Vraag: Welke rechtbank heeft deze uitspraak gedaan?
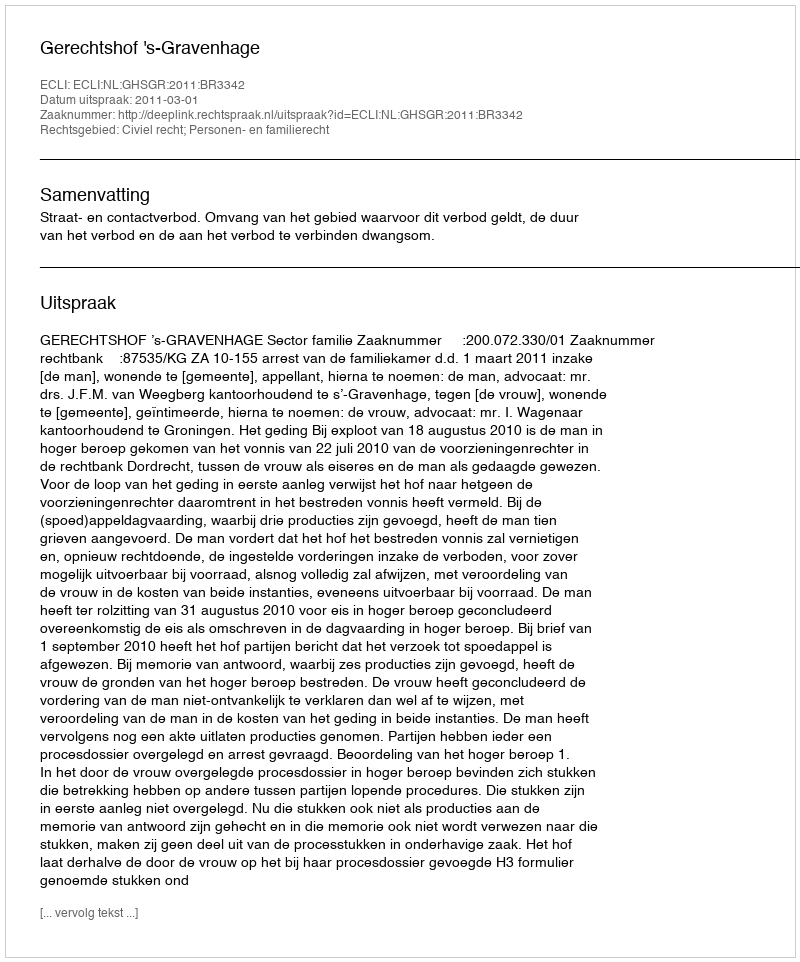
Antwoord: Gerechtshof 's-Gravenhage